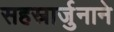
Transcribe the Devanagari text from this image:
सहस्रार्जुनाने